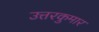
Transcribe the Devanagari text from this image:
उत्तरकुमार